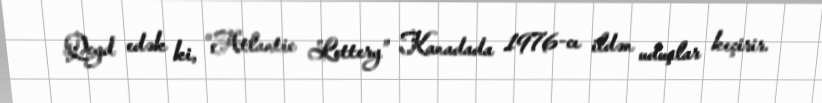
Qeyd edək ki, “Atlantic Lottery” Kanadada 1976-cı ildən uduşlar keçirir.